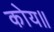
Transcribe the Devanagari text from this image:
कोय॥